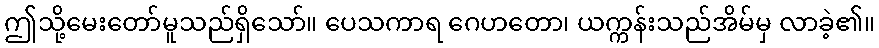
ဤသို့မေးတော်မူသည်ရှိသော်။ ပေသကာရ ဂေဟတော၊ ယက္ကန်းသည်အိမ်မှ လာခဲ့၏။